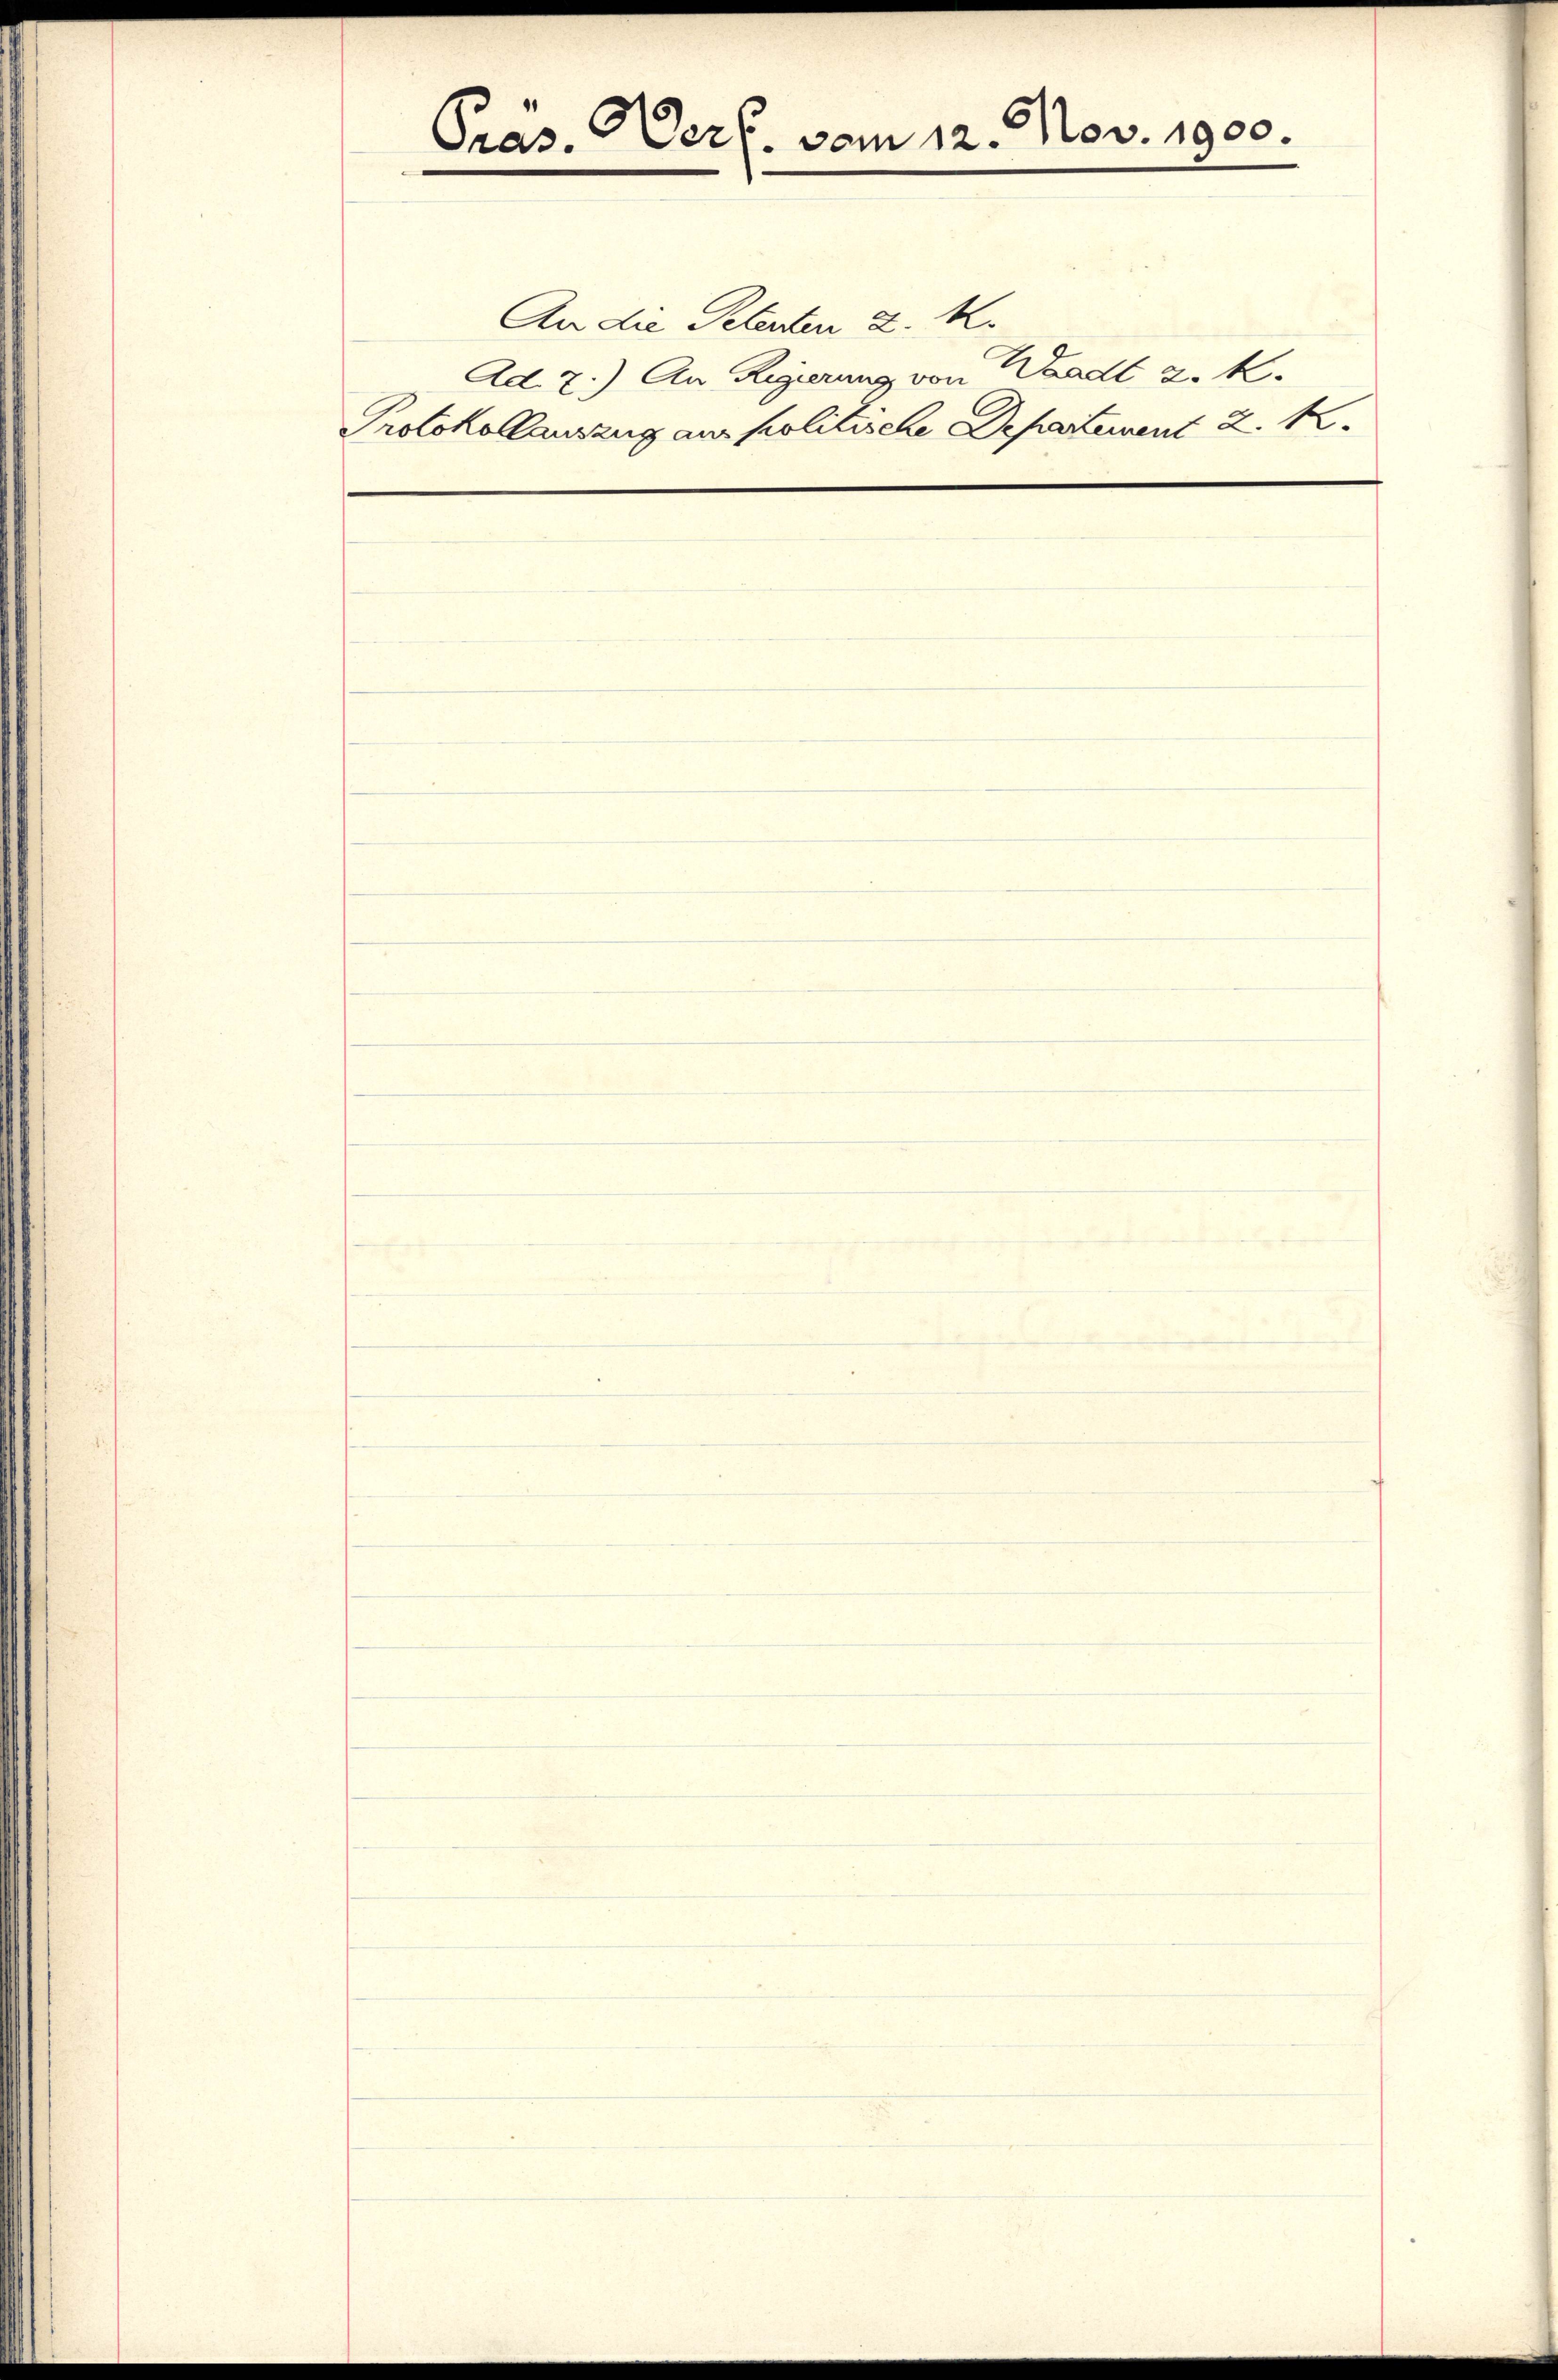
Pras. Verf. vom 12. Nov. 1900.

An die Petenten d. M.
Ad. 2.) An Regierung von Waadt 3. k.
Protokollauszug aus politische Departement 2. K.